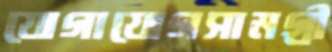
যোগাযোগসামগ্রী